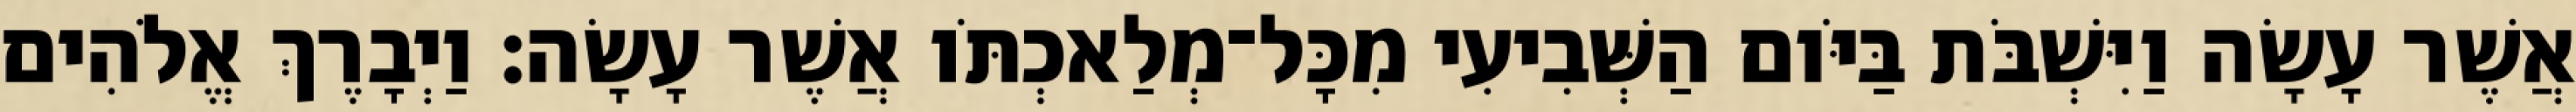
אֲשֶׁר עָשָׂה וַיִּשְׁבֹּת בַּיֹּום הַשְּׁבִיעִי מִכָּל־מְלַאכְתֹּו אֲשֶׁר עָשָׂה׃ וַיְבָרֶךְ אֱלֹהִים